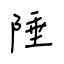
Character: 陲